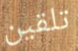
تلقين